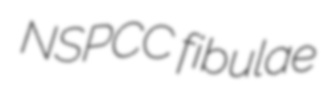
NSPCC fibulae